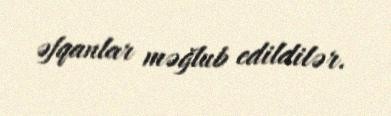
əfqanlar məğlub edildilər.